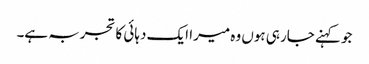
جو کہنے جارہی ہوں وہ میرا ایک دہائی کا تجربہ ہے۔